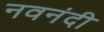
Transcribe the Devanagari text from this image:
नवनंदी